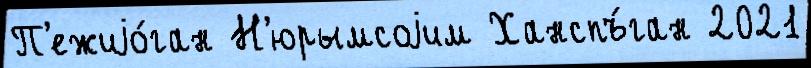
П'ежиjо́ган Н'юрымсоjим Ханспъ́ган 2021